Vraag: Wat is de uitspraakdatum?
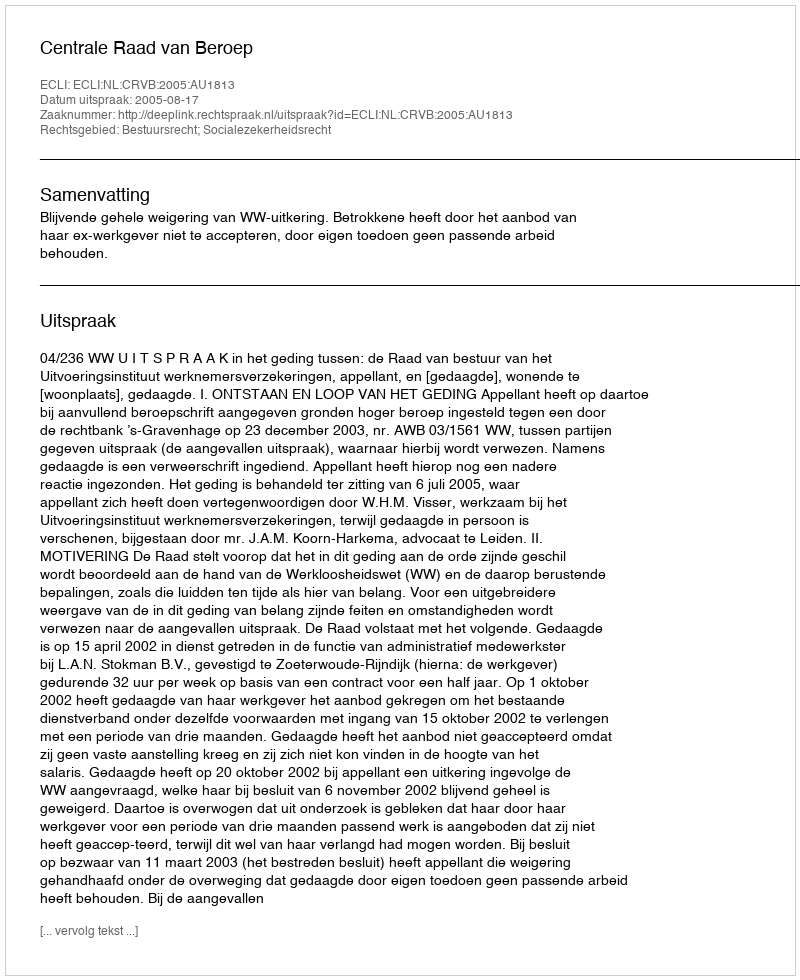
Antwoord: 2005-08-17